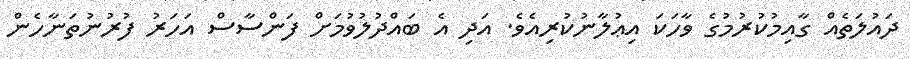
ދައުލަތެއް ގާއިމުކުރުމުގެ ވާހަކަ އިޢުލާނުކުރިއެވެ. އަދި އެ ބައްދުލުވުމަށް ފަންސާސް އަހަރު ފުރުނުތަނާހެން